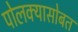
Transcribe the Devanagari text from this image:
पोलक्यासोबत